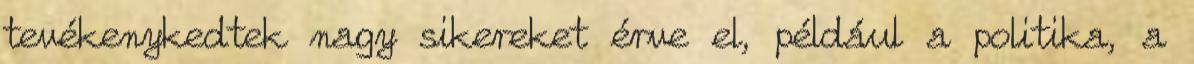
tevékenykedtek nagy sikereket érve el, például a politika, a